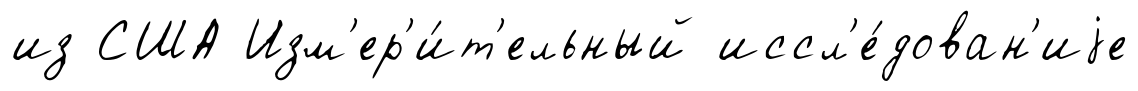
из США Изм'ер'и́т'ельный иссл'е́дован'иjе